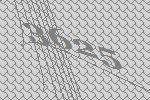
3625